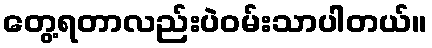
တွေ့ရတာလည်းပဲဝမ်းသာပါတယ်။